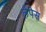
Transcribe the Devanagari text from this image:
लेपेस